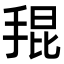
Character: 𭡎